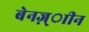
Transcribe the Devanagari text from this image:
बेनज़्ाीन